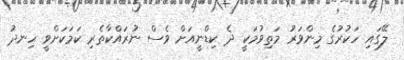
ލޭގައި ހަކުރުގެ މިންވަރު މަތިވުމަކީ ދެ ކިޑްނީއަށް ވެސް ނުރައްކާތެރި ކަމަކަށްވީ ހިނދު